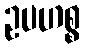
ဥပဟစ္စ